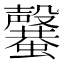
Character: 𣫣